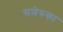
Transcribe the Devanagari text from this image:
समेरुका